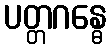
ပတ္တဂန္ဓေ